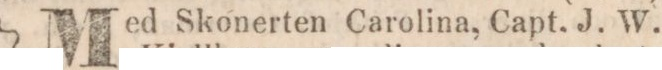
Med Skonerten Carolina, Capt. J. W.